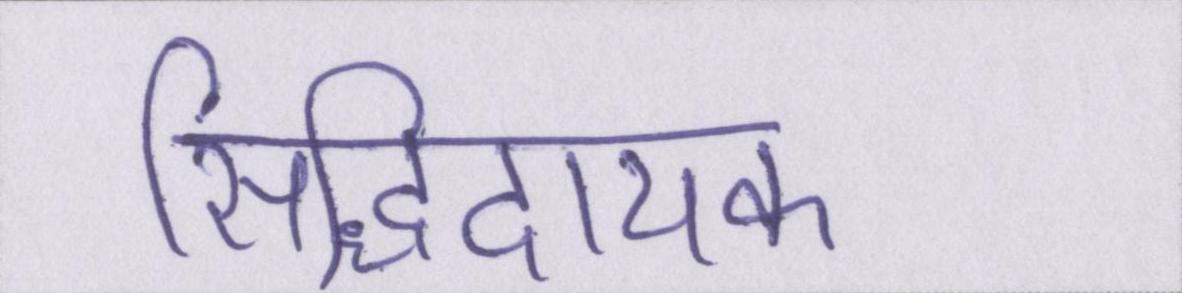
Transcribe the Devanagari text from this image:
सिद्धिदायक